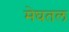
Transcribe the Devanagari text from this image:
मेघतल